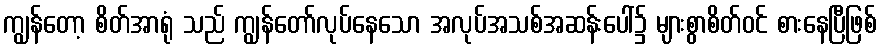
ကျွန်တော့ စိတ်အာရုံ သည် ကျွန်တော်လုပ်နေသော အလုပ်အသစ်အဆန်းပေါ်၌ များစွာစိတ်ဝင် စားနေပြီဖြစ်